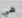
هي